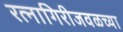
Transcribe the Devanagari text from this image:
रत्‍नागिरीजवळच्या